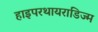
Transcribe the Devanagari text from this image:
हाइपरथायराडिज्म